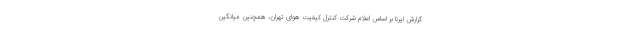
گزارش ایرنا بر اساس اعلام شرکت کنترل کیفیت هوای تهران، همچنین میانگین